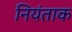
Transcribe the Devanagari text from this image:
नियंताक